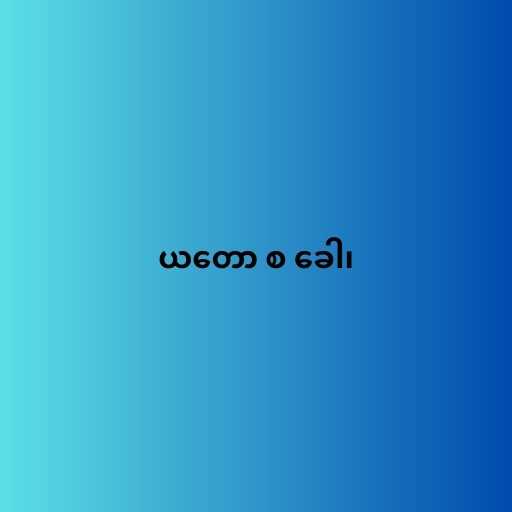
ယတော စ ခေါ၊